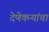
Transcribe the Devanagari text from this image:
देणेकऱ्यांचा